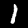
Label: 1